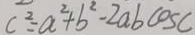
C ^ { 2 } = a ^ { 2 } + b ^ { 2 } - 2 a b \cos C